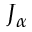
J _ { \alpha }